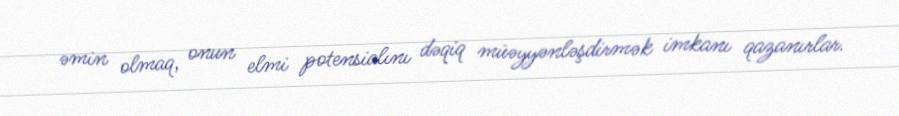
əmin olmaq, onun elmi potensialını dəqiq müəyyənləşdirmək imkanı qazanırlar.